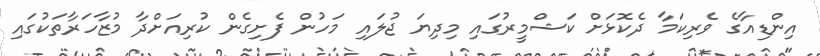
އިންޑިއާގެ ވެރިކަމާ ދެކޮޅަށް ކަޝްމީރުގައި މިދިޔަ ޖުލައި މަހުން ފެށިގެން ކުރިއަށްދާ މުޒާހަރާތަކުގައި